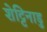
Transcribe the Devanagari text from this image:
शेट्टिनाडु